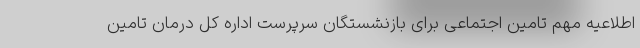
اطلاعیه مهم تامین اجتماعی برای بازنشستگان سرپرست اداره کل درمان تامین